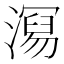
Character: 𭲧